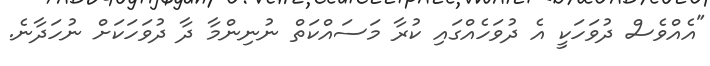
"އެއްވެސް ދުވަހަކީ އެ ދުވަހެއްގައި ކުރާ މަސައްކަތް ނުނިންމާ ދާ ދުވަހަކަށް ނުހަދާނެ.